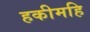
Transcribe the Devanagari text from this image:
हकीमहि